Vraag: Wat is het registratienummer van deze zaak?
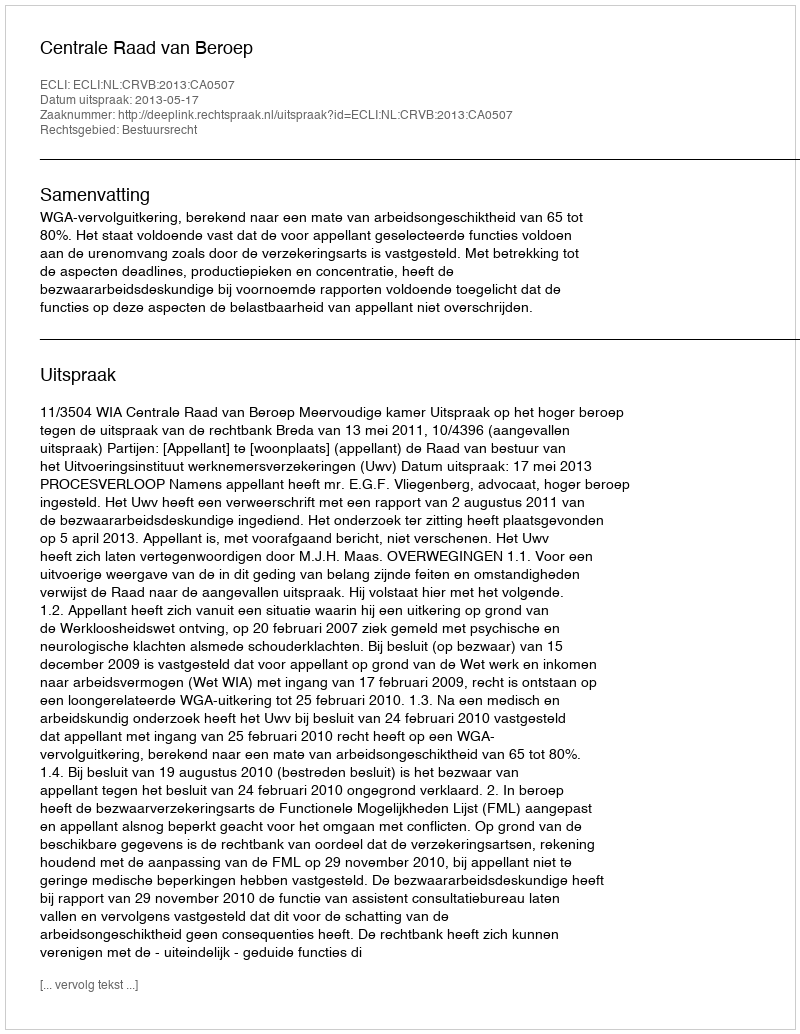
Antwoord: http://deeplink.rechtspraak.nl/uitspraak?id=ECLI:NL:CRVB:2013:CA0507